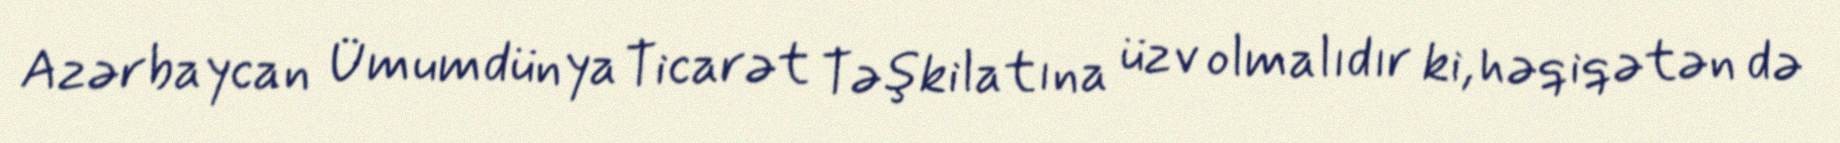
Azərbaycan Ümumdünya Ticarət Təşkilatına üzv olmalıdır ki, həqiqətən də